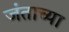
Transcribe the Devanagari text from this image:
जंताच्या